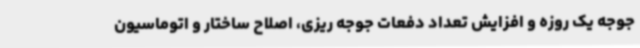
جوجه یک روزه و افزایش تعداد دفعات جوجه ریزی، اصلاح ساختار و اتوماسیون